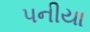
પનીયા